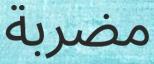
مضربة